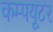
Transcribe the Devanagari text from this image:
कम्‍पयूटर